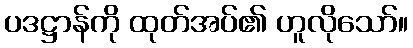
ပဒဋ္ဌာန်ကို ထုတ်အပ်၏ ဟူလိုသော်။